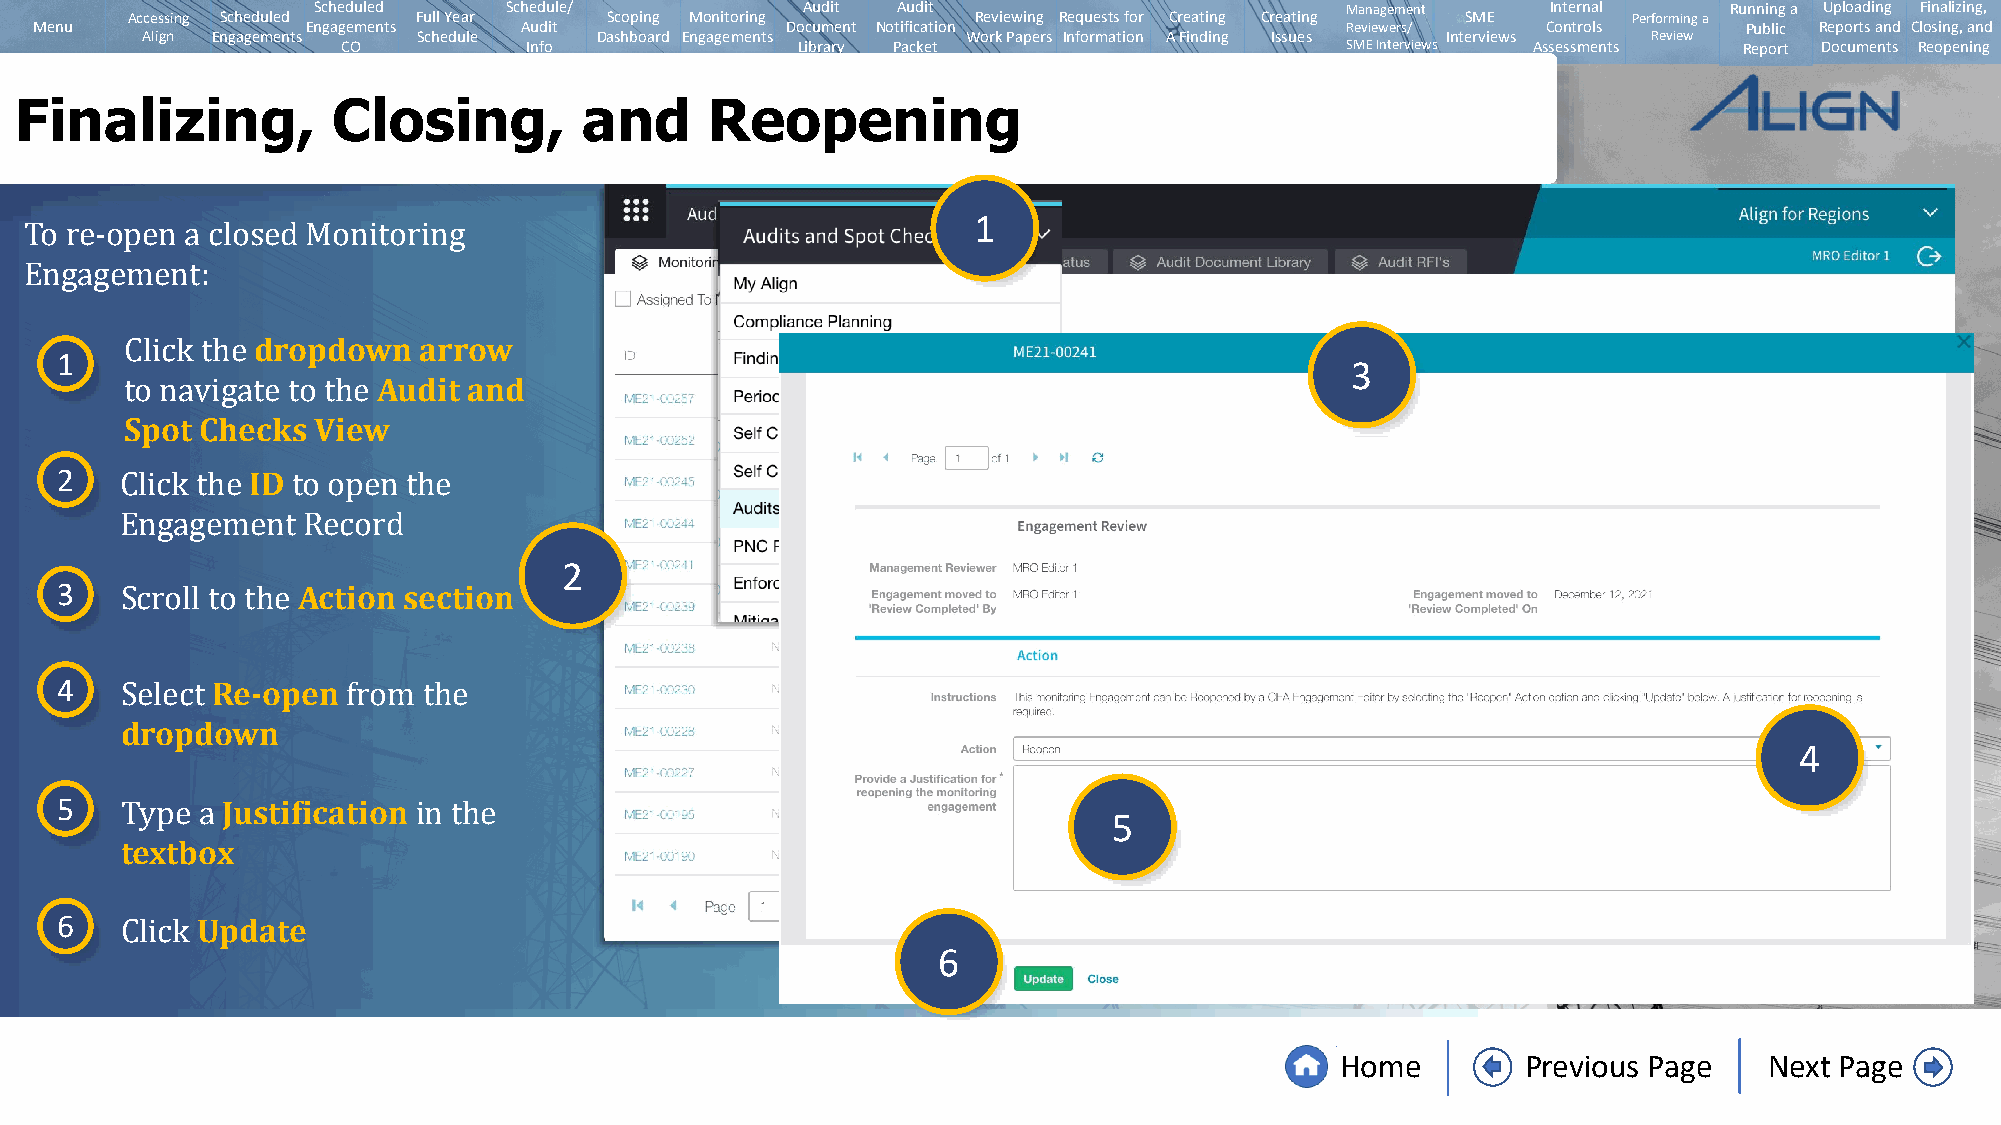
Scheduled   Schedule/           Audit Audit                         Management    Internal   Running a Uploading Finalizing,
 Accessing Scheduled Full Year   Scoping Monitoring       Reviewing Requests for Creating Creating SME Performing a
 Menu              Engagements   Audit             Document Notification                Reviewers/   Controls      Public Reports and Closing, and
 Align Engagements  Schedule   Dashboard Engagements    Work Papers Information A Finding Issues Interviews Review
 CO          Info              Library Packet                      SMEInterviews Assessments Report Documents Reopening
 Finalizing,          Closing,         and     Reopening
 1
 To re-open a closed Monitoring
 Engagement:    dropdown   arrow
 1
 3
 Audit and
 Click the
 Spot Checks  View
 to navigate to the
 2            ID
 Click the  to open the
 2
 3   Engagement  ARcetcioornd section
 Scroll to the
 4         Re-open
 dropdown
 4
 Select         from the
 5          Justification
 5
 textbox
 Type a             in the
 6        Update
 6
 Click
 Home        Previous Page   Next Page